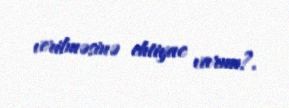
verilməsinə ehtiyac varmı?.